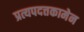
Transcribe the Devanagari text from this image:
प्रत्यपदत्तकामेन